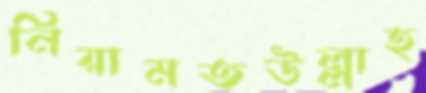
নিয়ামতউল্লাহ